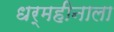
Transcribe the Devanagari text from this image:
धर्महीनाला